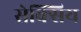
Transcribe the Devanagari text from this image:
सेक्सिय